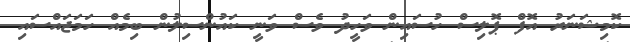
ކޮމިޝަނަރު އޮފް ޕޮލިސް ހުސައިން ވަހީދު ވެސް ވަނީ ކައުންސިލުން ބިމެއް ހަމަޖައްސައި